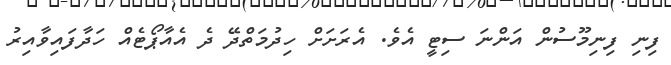
ފިނި ފިނިމޫސުން އަންނަ ސިޓީ އެވެ. އެރަށަށް ހިދުމަތްދޭ ދެ އެއާޕޯޓެއް ހަދާފައިވާއިރު